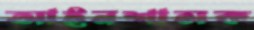
আইনশাসক